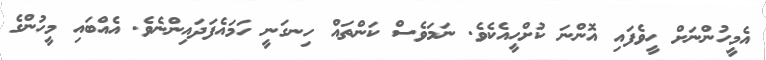
އެމީހުންނަށް ހީވެފައި އޮންނަ ކުށްހީއެކެވެ. ނަމަވެސް ކަންތައް ހިނގަނީ ހަމައެފަދައިންނެވެ. އެއްބައި މީހުންގެ